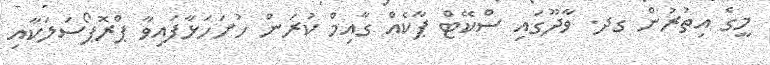
މީގެ އިތުރުން ގދ. ވާދޫގައި ސްކޭޓް ޕާކެއް ގާއިމް ކުރަން ހުށަހަޅާފައިވާ ޕްރޮޕޯސަލަކާއި